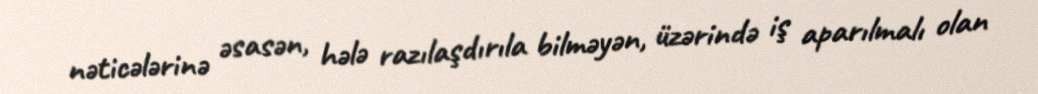
nəticələrinə əsasən, hələ razılaşdırıla bilməyən, üzərində iş aparılmalı olan